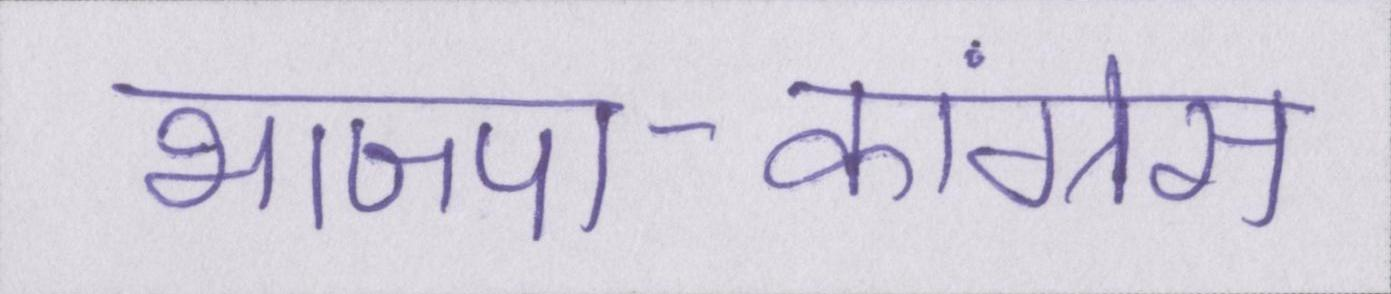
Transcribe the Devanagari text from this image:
भाजपा-कांग्रेस